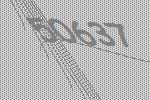
50637